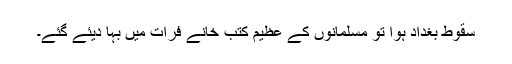
سقوطِ بغداد ہوا تو مسلمانوں کے عظیم کتب خانے فرات میں بہا دیئے گئے۔